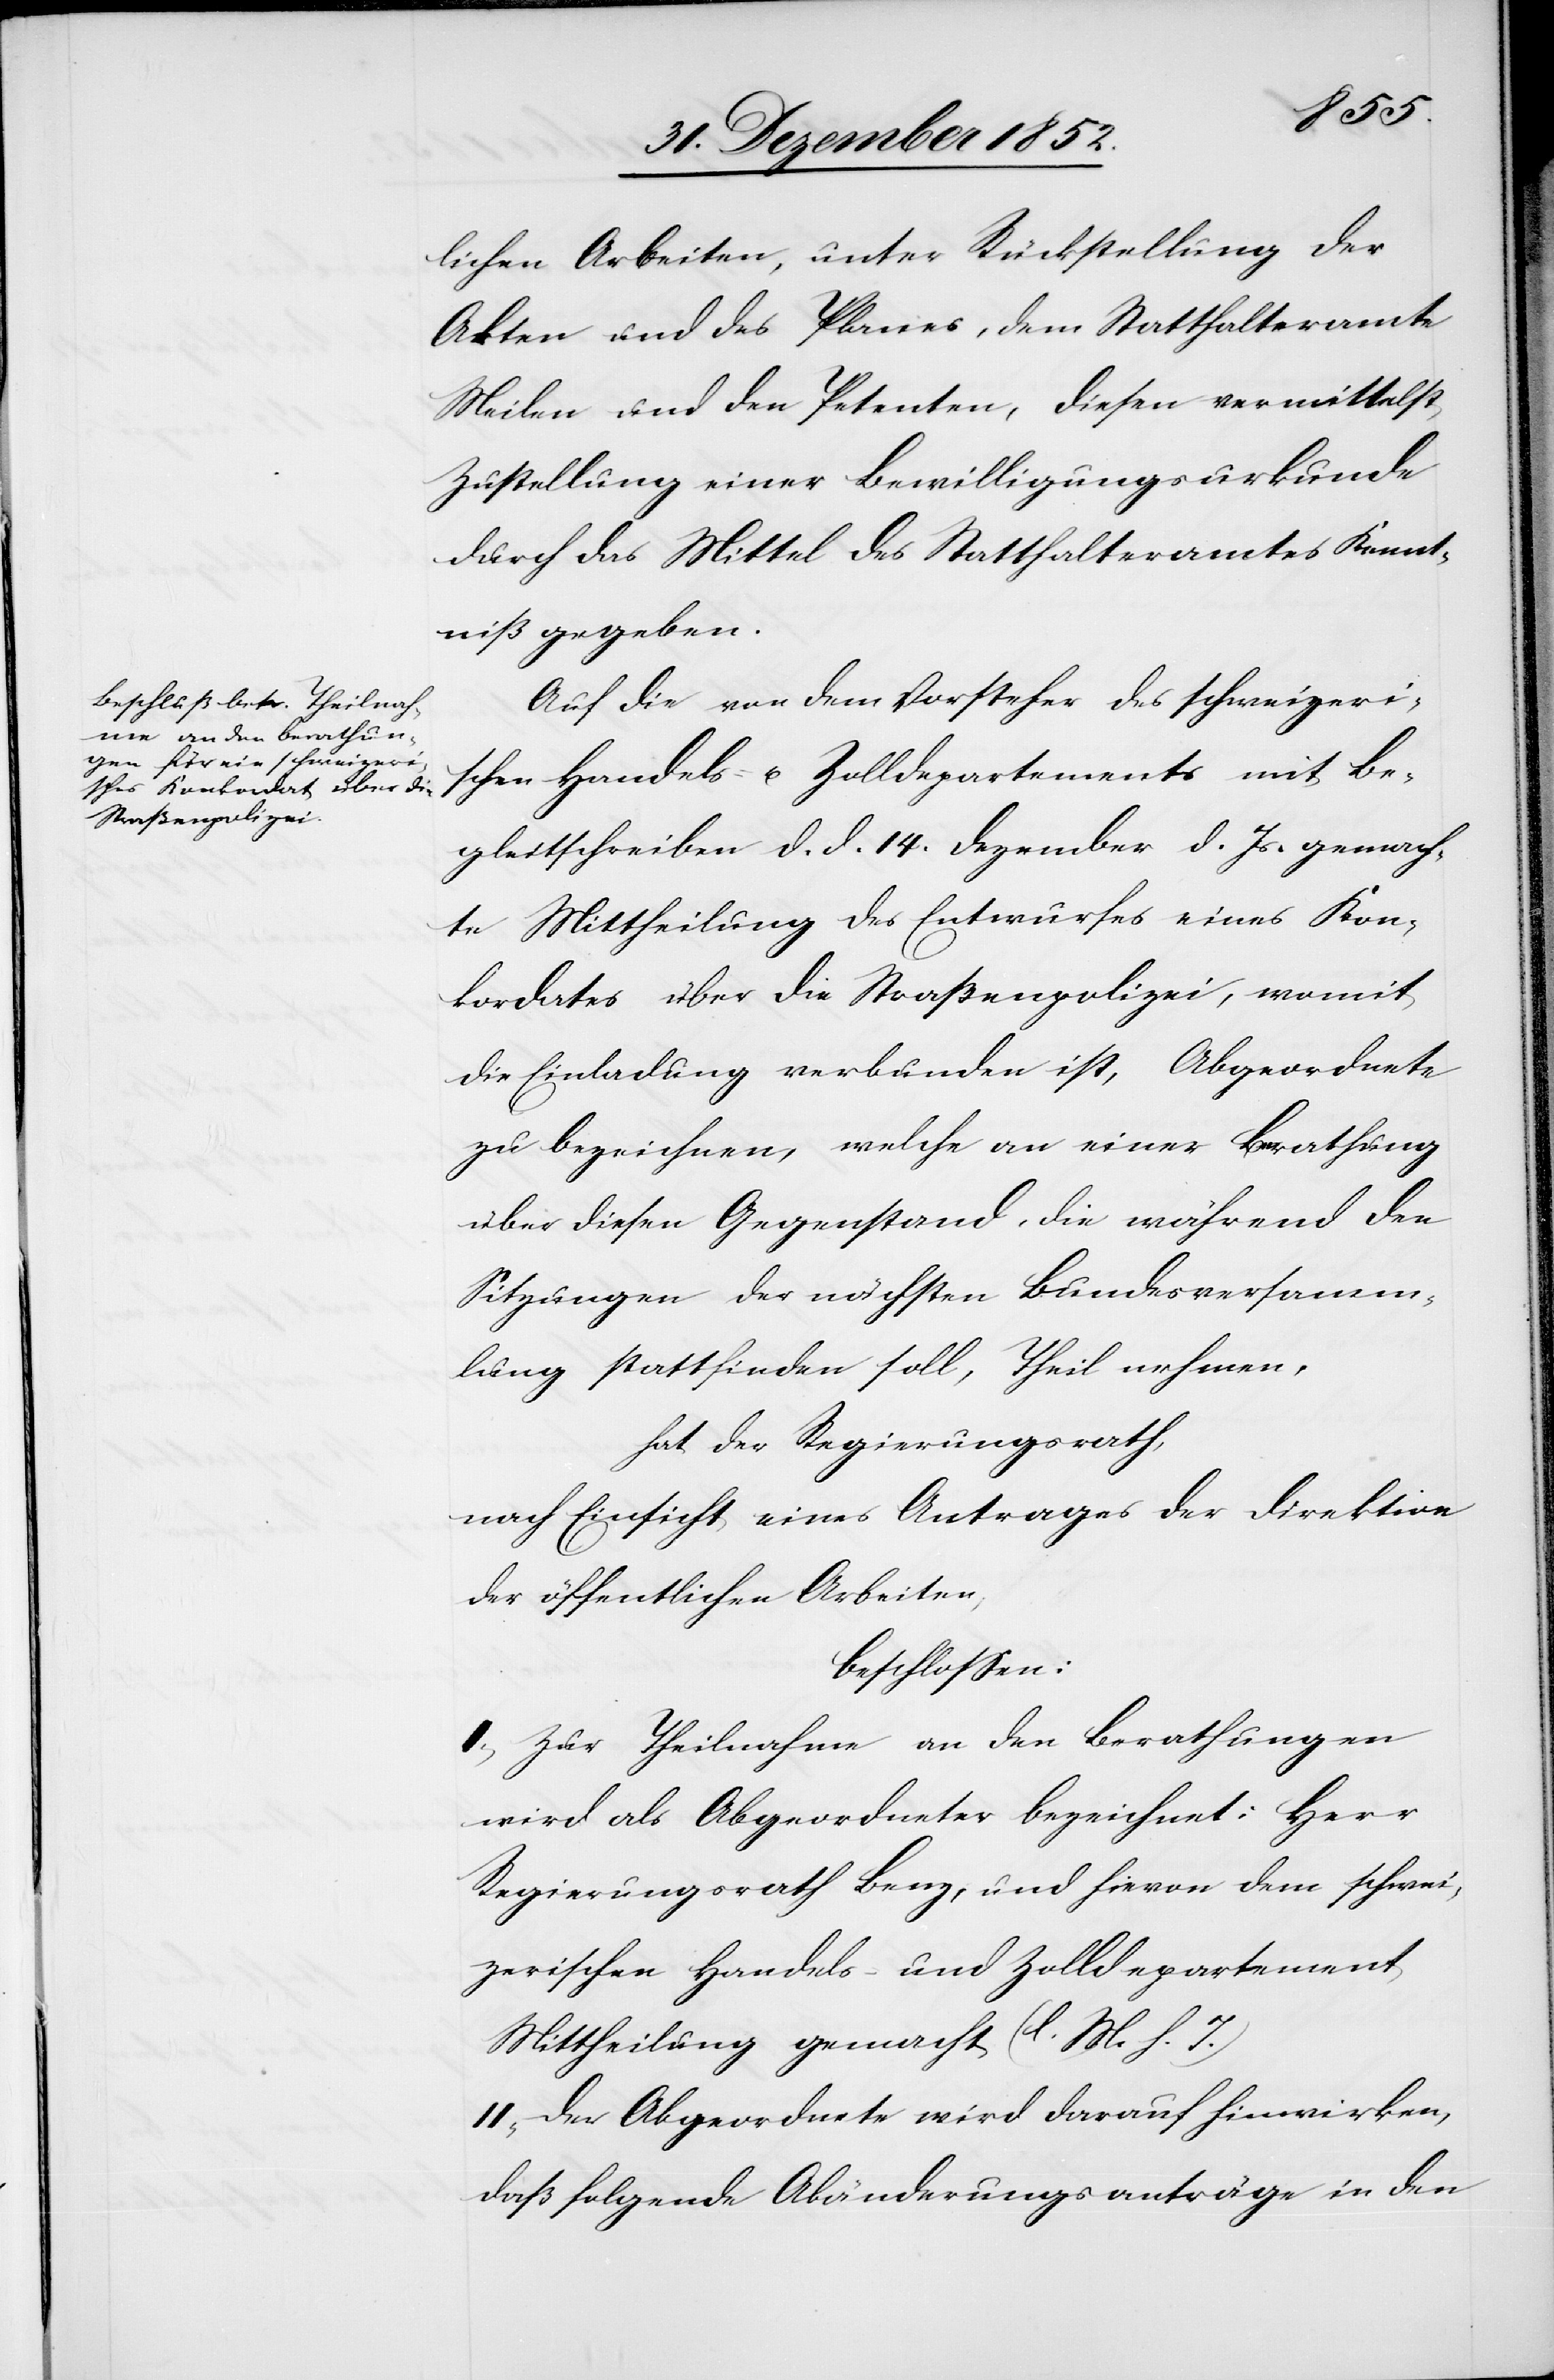
lichen Arbeiten, unter Rückstellung der
Akten und des Planes, dem Statthalteramte
Meilen und den Petenten, diesen vermittelst
Zustellung einer Bewilligungsurkunde
durch das Mittel des Statthalteramtes Kennt¬
niß gegeben.
Auf die von dem Vorsteher des schweizeri¬
schen Handels- u. Zolldepartements mit Be¬
gleitschreiben d. d. 14. Dezember d. Js. gemach¬
te Mittheilung des Entwurfes eines Kon¬
kordates über die Straßenpolizei, womit
die Einladung verbunden ist, Abgeordnete
zu bezeichnen, welche an einer Berathung
über diesen Gegenstand, die während den
Sitzungen der nächsten Bundesversamm¬
lung stattfinden soll, Theil nehmen,
hat der Regierungsrath,
nach Einsicht eines Antrages der Direktion
der öffentlichen Arbeiten,
beschlossen:
I, Zur Theilnahme an den Berathungen
wird als Abgeordneter bezeichnet: Herr
Regierungsrath Benz, und hievon dem schwei¬
zerischen Handels- und Zolldepartement
Mittheilung gemacht (l. M. h. T.)
II, Der Abgeordnete wird darauf hinwirken,
daß folgende Abänderungsanträge in den